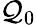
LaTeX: \mathcal{Q}_{0}